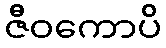
ဇီဝကောပိ